Indian Medical Review
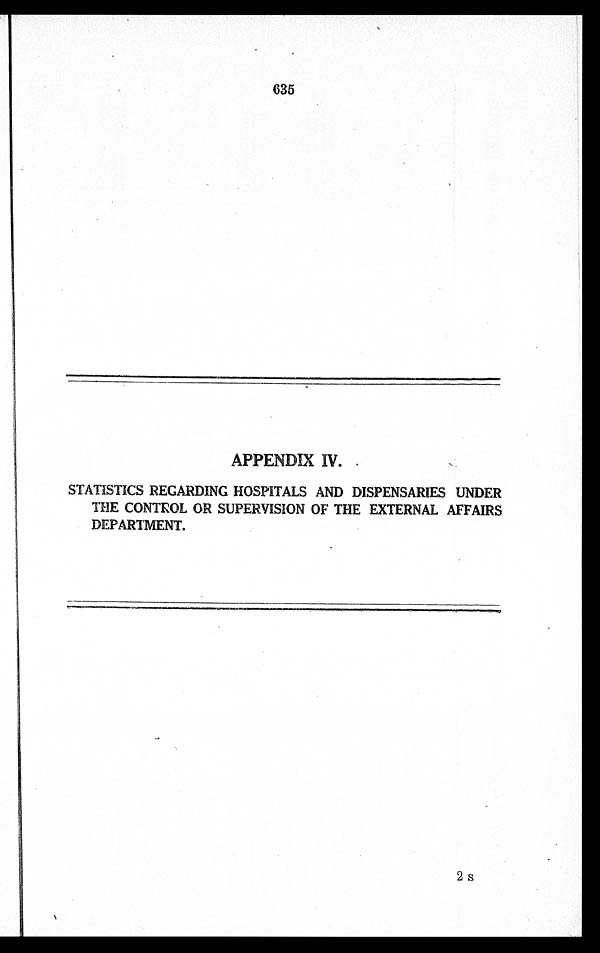
635
APPENDIX IV.
STATISTICS REGARDING HOSPITALS AND DISPENSARIES UNDER
THE CONTROL OR SUPERVISION OF THE EXTERNAL AFFAIRS
DEPARTMENT.